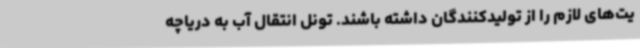
یت‌های لازم را از تولیدکنندگان داشته باشند. تونل انتقال آب به دریاچه